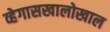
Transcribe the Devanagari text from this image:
व्हेगासखालोखाल